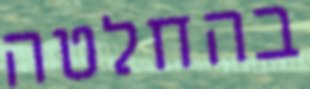
בהחלטה